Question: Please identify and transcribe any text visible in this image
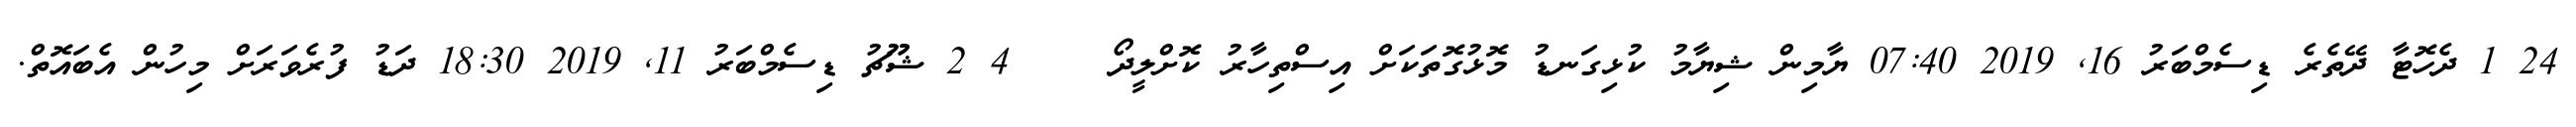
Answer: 24 1 ދެހޮޓާ ދޭތެރެ ޑިސެމްބަރު 16, 2019 07:40 ޔާމިން ޝިޔާމު ކުޅިގަނޑު މޮޅުގޮތަކަށް އިސްތިހާރު ކޮށްލީދޯ????? 4 2 ޝޫޗު ޑިސެމްބަރު 11, 2019 18:30 ދަޑު ފުރެވަރަށް މިހުން އެބައޮތް.